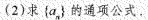
求\left \{ a_{n} \right \} 的通项公式.